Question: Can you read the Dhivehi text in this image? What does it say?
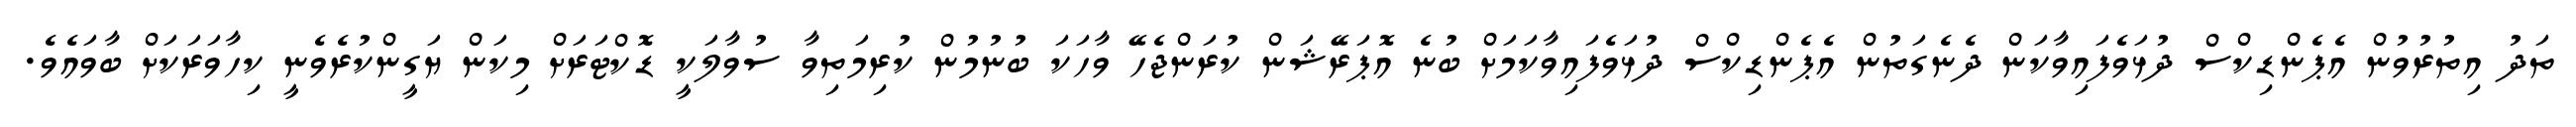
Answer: ތަދު އިތުރުވުން އެޕެންޑިކްސް ދުޅަވެފައިވާކަން ދެނެގަތުން އެޕެންޑިކްސް ދުޅަވެފައިވާކަމަށް ބުނެ އޮޕަރޭޝަން ކުރަންޖެހޭ ވާހަކަ ބުނުމުން ކުރިމަތިވާ ސުވާލަކީ ޑޮކްޓަރަށް މިކަން ޔަގީންކުރެވެނީ ކިހާވަރަކަށް ބާވައެވެ.